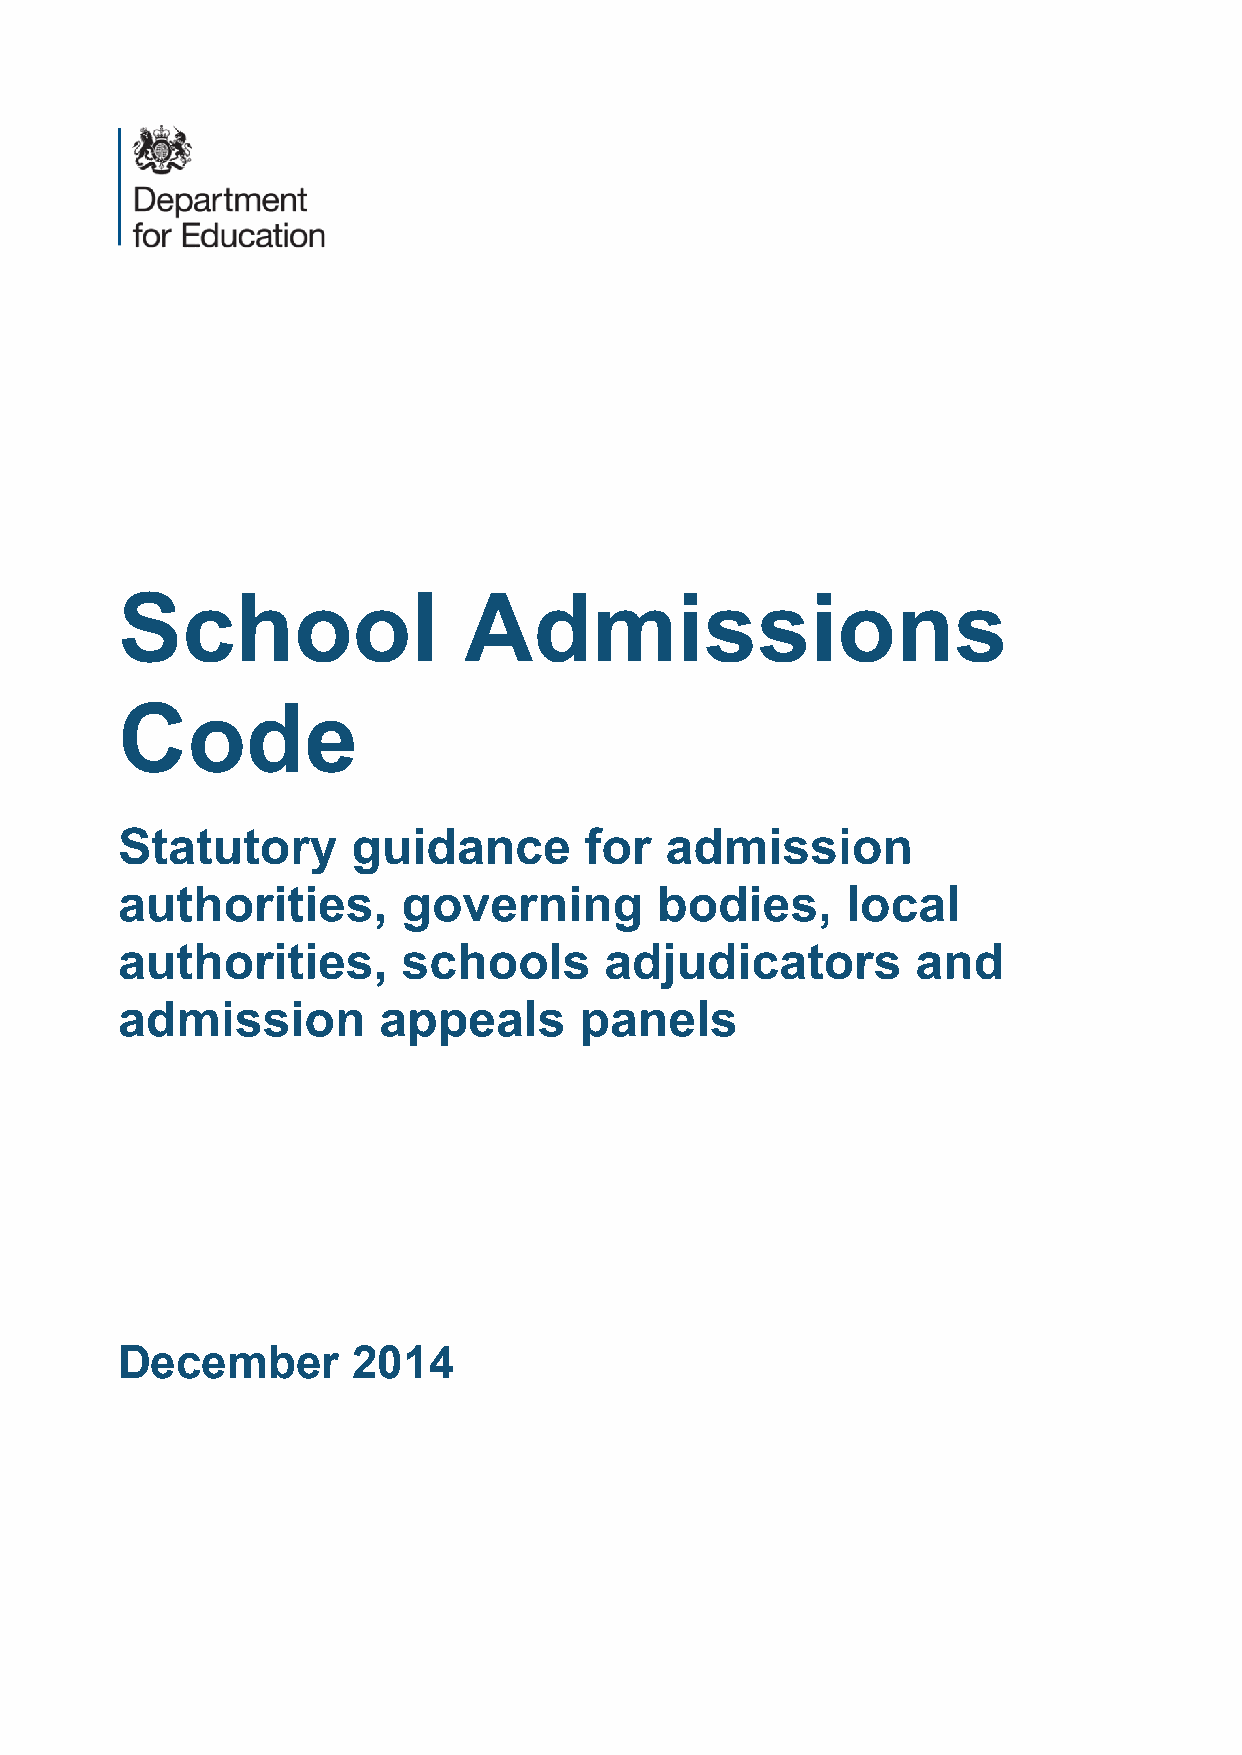
School                 Admissions
 Code
 Statutory      guidance        for  admission
 authorities,       governing       bodies,      local
 authorities,       schools      adjudicators         and
 admission        appeals      panels
 December       2014